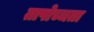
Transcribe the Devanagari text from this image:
तापोच्चता